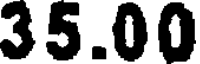
35.00